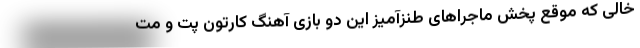
خالی که موقع پخش ماجراهای طنزآمیز این دو بازی آهنگ کارتون پت و مت